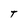
Character: T